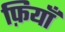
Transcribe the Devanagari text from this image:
फ़ियॉँ